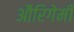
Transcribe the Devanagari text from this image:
औरिगेमी